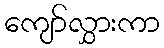
ကျော်လွှားကာ